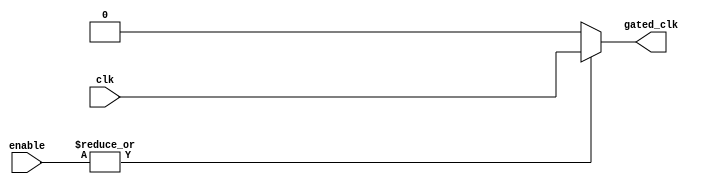
module clock_gating (
    input wire clk,              // Main clock signal
    input wire [N-1:0] enable,   // Enable signals (N is the number of enable signals)
    output wire gated_clk        // Gated clock signal for the memory block
);

parameter N = 2;                // Number of enable signals, adjust as needed

// Internal wire for OR gate output
wire or_output;

// OR gate logic to combine the enable signals
assign or_output = |enable;    // Logical OR of all enable signals

// Gated clock logic: If or_output is high, gated_clk will follow clk; otherwise, it will be low
assign gated_clk = or_output ? clk : 1'b0;

endmodule